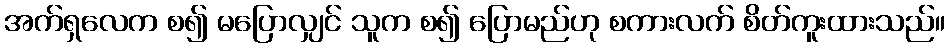
အက်ရှလေက စ၍ မပြောလျှင် သူက စ၍ ပြောမည်ဟု စကားလက် စိတ်ကူးထားသည်။